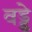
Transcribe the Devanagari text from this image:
वड्डे